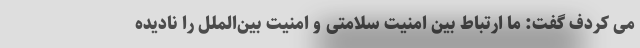
می کردف گفت: ما ارتباط بین امنیت سلامتی و امنیت بین‌الملل را نادیده